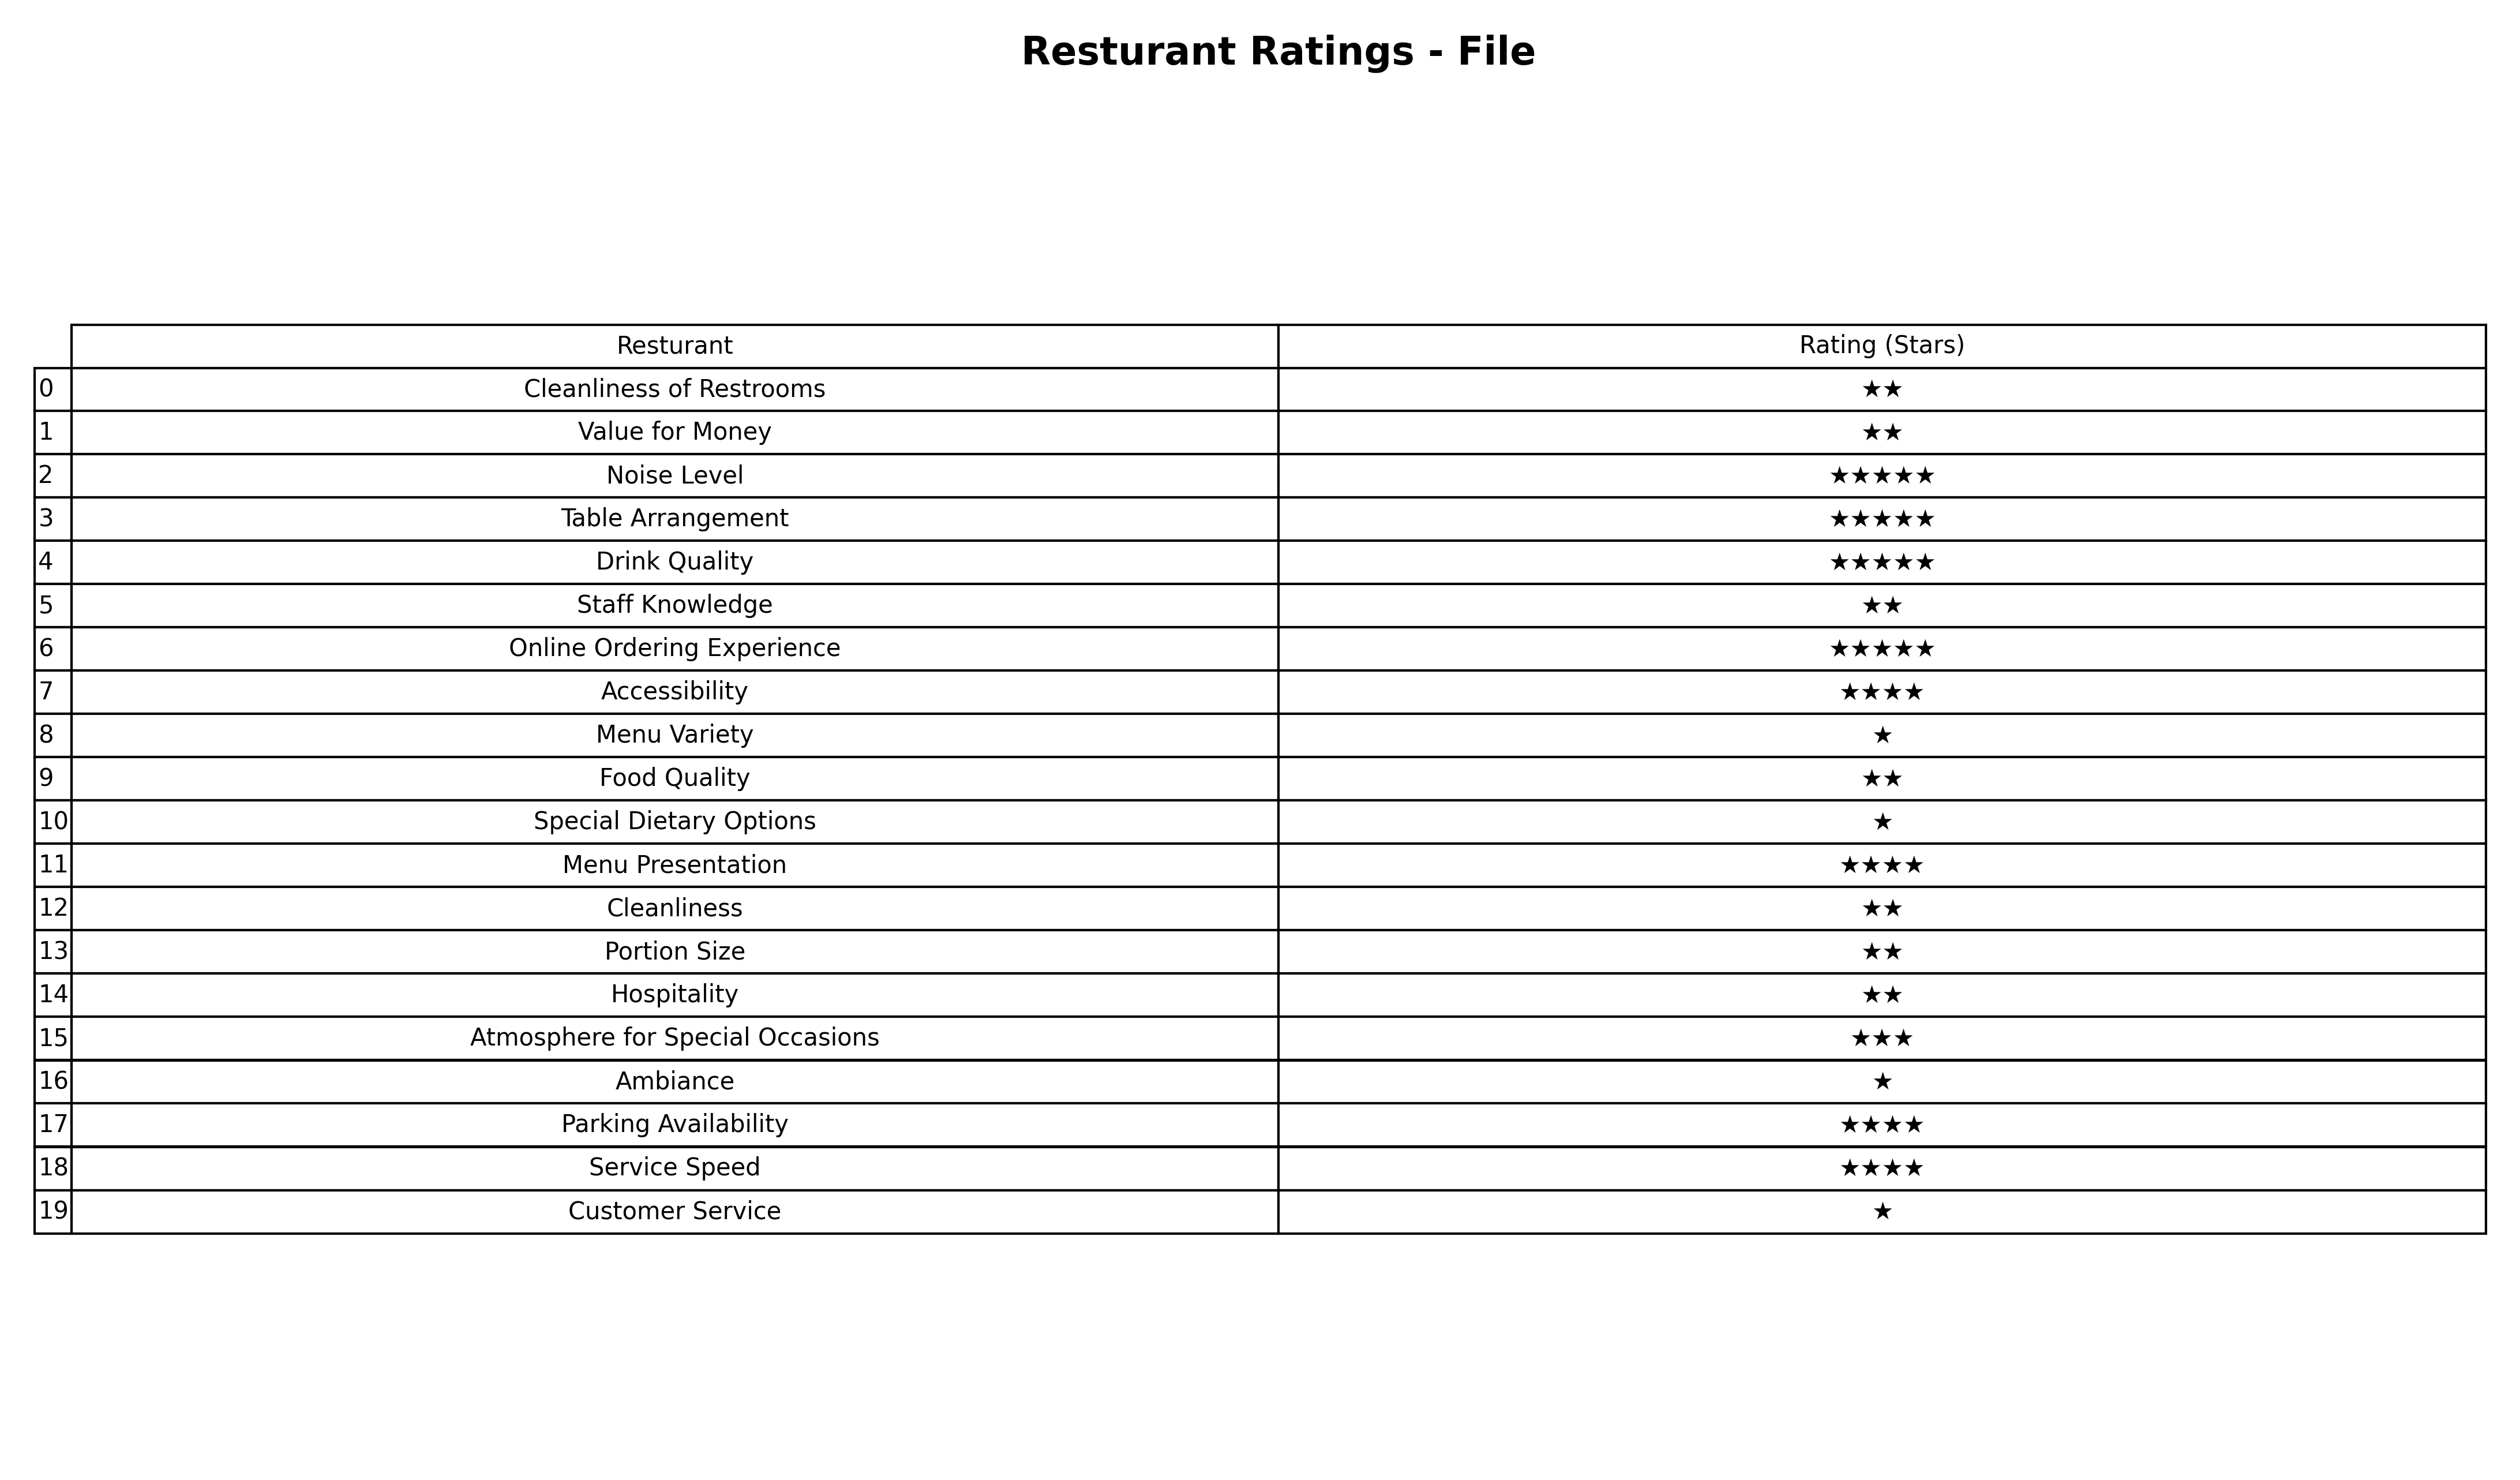
question: What is the rating of Value for Money?
answer: ★★